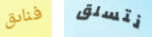
فنادق نتسلق